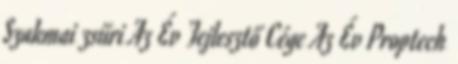
Szakmai zsűri Az Év Fejlesztő Cége Az Év Proptech